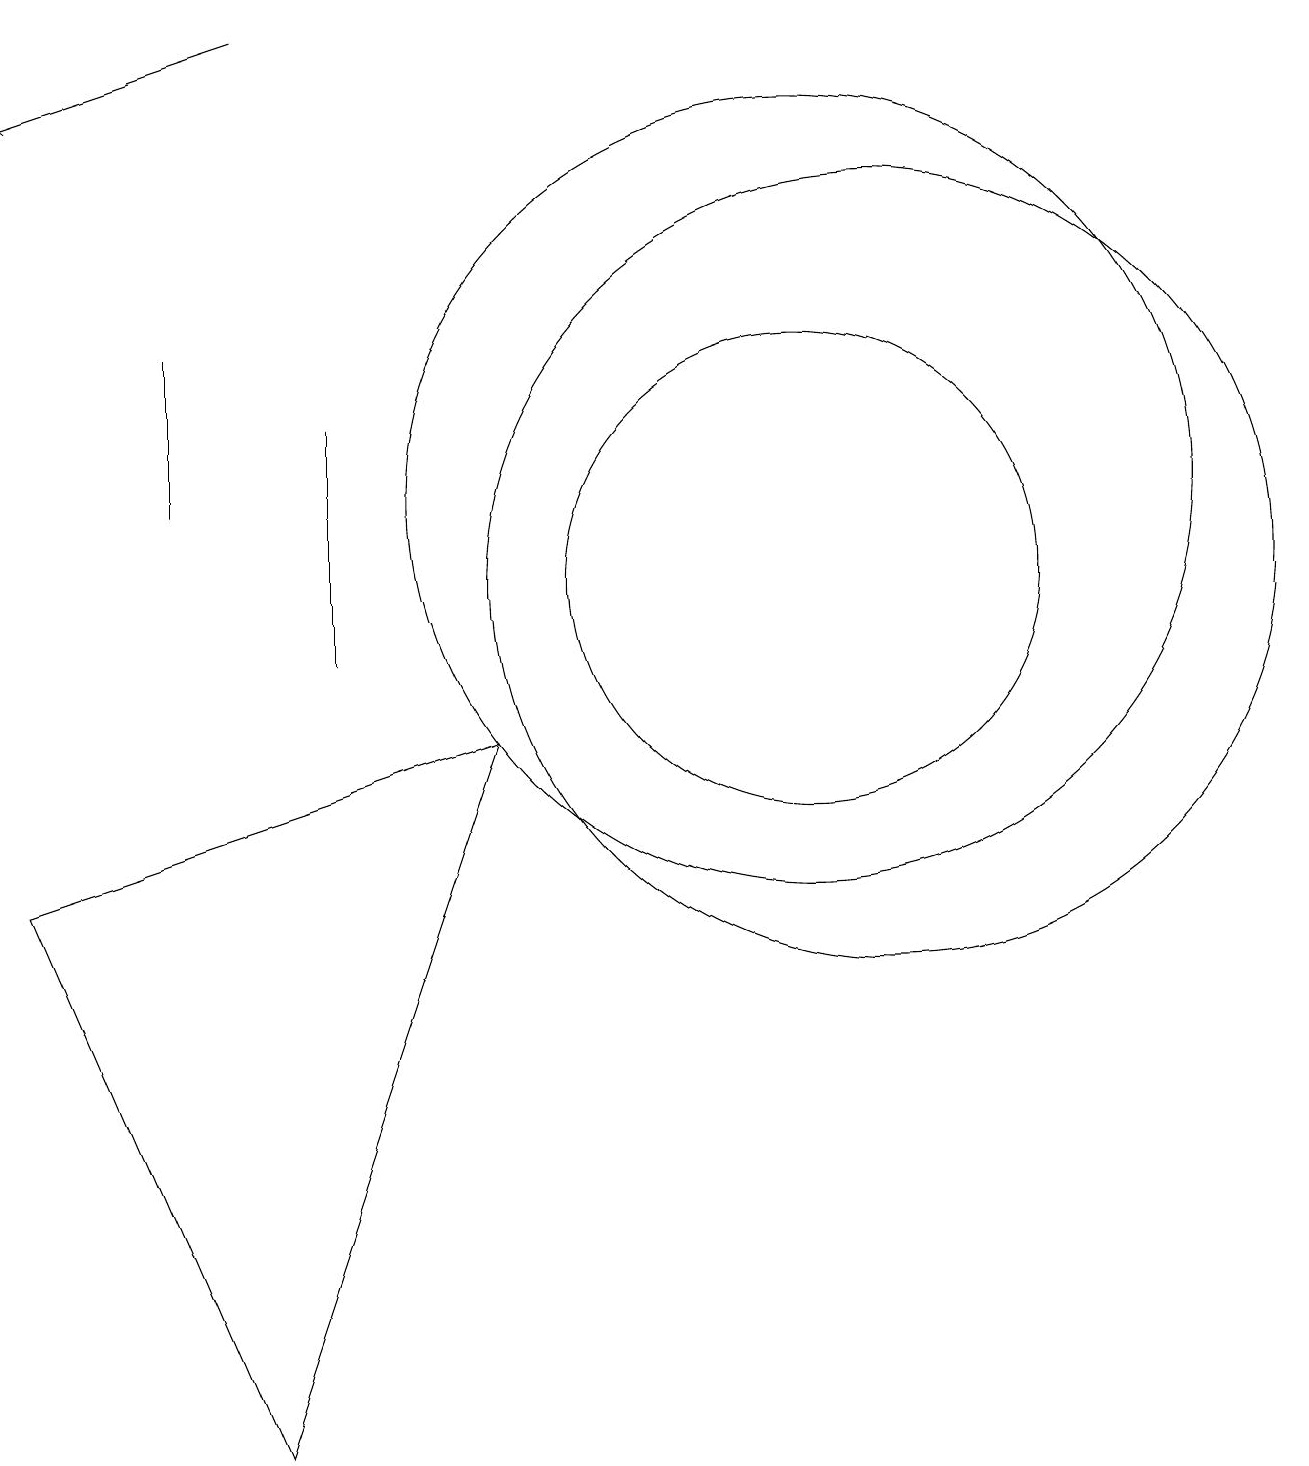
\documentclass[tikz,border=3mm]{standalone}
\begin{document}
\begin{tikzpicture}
\draw[->] (4,18) -- (1,17);
\draw (11,11) circle (3);
\draw (11,12) circle (5);
\draw (1,7) -- (7,9) -- (4,0) -- cycle;
\draw (5,13) rectangle (5,10);
\draw (12,11) circle (5);
\draw (3,12) rectangle (3,14);
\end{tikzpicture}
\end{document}